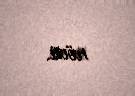
növü.